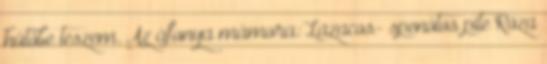
hűtőbe teszem. Az áfonya mámora: Lazacos- spenótos pite Róza